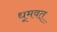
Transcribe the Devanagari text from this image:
धूमवत्